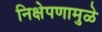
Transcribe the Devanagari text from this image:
निक्षेपणामुळे